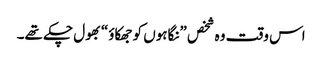
اس وقت وہ شخص ”نگاہوں کو جھکاؤ“ بھول چکے تھے۔